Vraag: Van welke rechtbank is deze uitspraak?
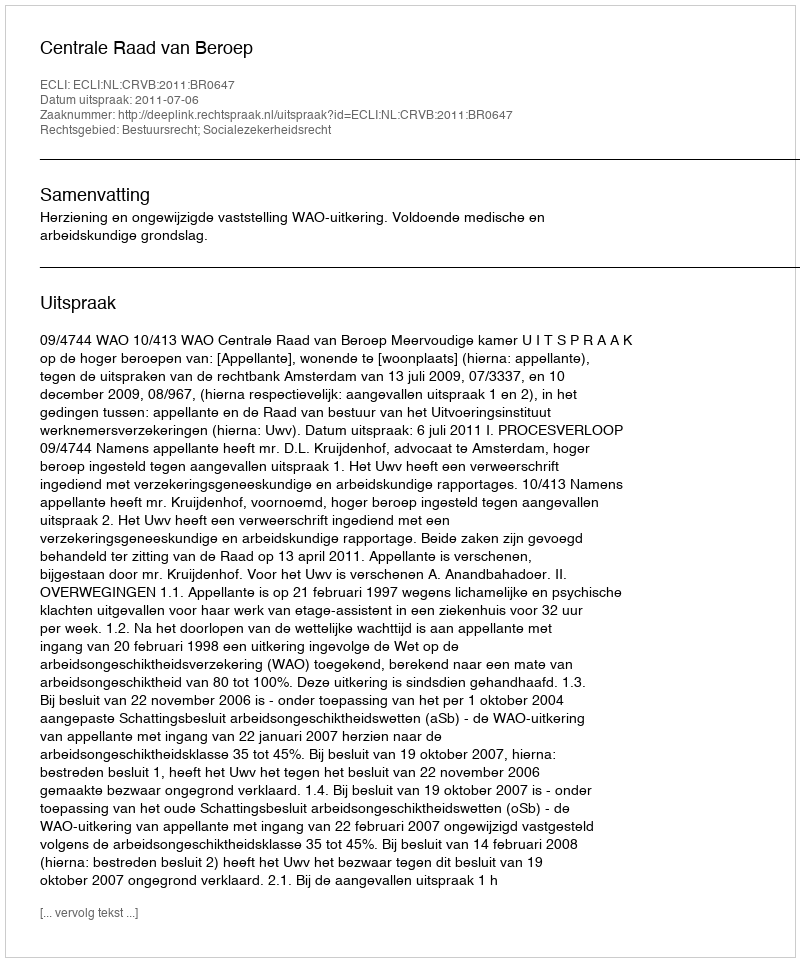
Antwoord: Centrale Raad van Beroep